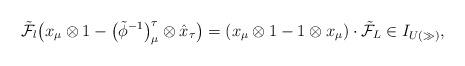
LaTeX: \begin{gather*}\tilde{\mathcal{F}_l}\big(x_\mu\otimes 1 - \big(\tilde\phi^{-1}\big)^\tau_\mu\otimes\hat{x}_\tau\big) = (x_\mu\otimes 1 - 1\otimes x_\mu)\cdot\tilde{\mathcal{F}}_L\in I_{U(\gg)},\end{gather*}